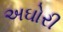
અઘોરી